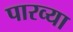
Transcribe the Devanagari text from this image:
पारव्या